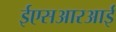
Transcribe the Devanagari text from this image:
ईएसआरआई